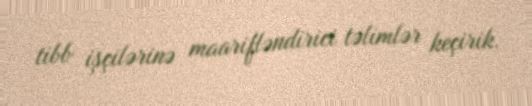
tibb işçilərinə maarifləndirici təlimlər keçirik.